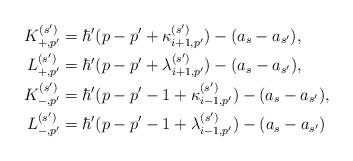
LaTeX: \begin{align*}K_{+,p'}^{(s')} &= \hbar'( p - p' + \kappa_{i+1, p'}^{(s')} ) - (a_s - a_{s'}), \\L_{+,p'}^{(s')} &= \hbar'( p - p' + \lambda_{i+1, p'}^{(s')} ) - (a_s - a_{s'}), \\K_{-,p'}^{(s')} &= \hbar'( p - p' - 1 + \kappa_{i-1, p'}^{(s')}) - (a_s - a_{s'}), \\L_{-,p'}^{(s')} &= \hbar'( p - p' - 1 + \lambda_{i-1, p'}^{(s')} ) - (a_s - a_{s'})\end{align*}